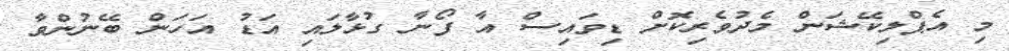
މި އެޕްލިކޭޝަން މެދުވެރިކޮށް ޑިވައިސް އާ ފޯނާ ގުޅާލައި އަޑު އަހަން ބޭނުންވާ